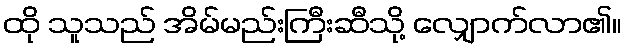
ထို သူသည် အိမ်မည်းကြီးဆီသို့ လျှောက်လာ၏။